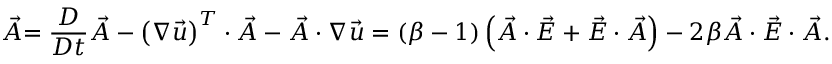
\stackrel { \triangledown } { \vec { A } } = \frac { D } { D t } \vec { A } - \left( \boldsymbol { \nabla } \vec { u } \right) ^ { T } \cdot \vec { A } - \vec { A } \cdot \boldsymbol { \nabla } \vec { u } = \left( \beta - 1 \right) \left( \vec { A } \cdot \vec { E } + \vec { E } \cdot \vec { A } \right) - 2 \beta \vec { A } \cdot \vec { E } \cdot \vec { A } .